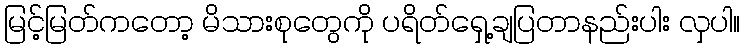
မြင့်မြတ်ကတော့ မိသားစုတွေကို ပရိတ်ရှေ့ချပြတာနည်းပါး လှပါ။